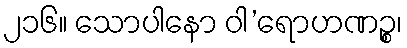
၂၁၆။ သောပါနော ဝါ’ရောဟဏဉ္စ၊